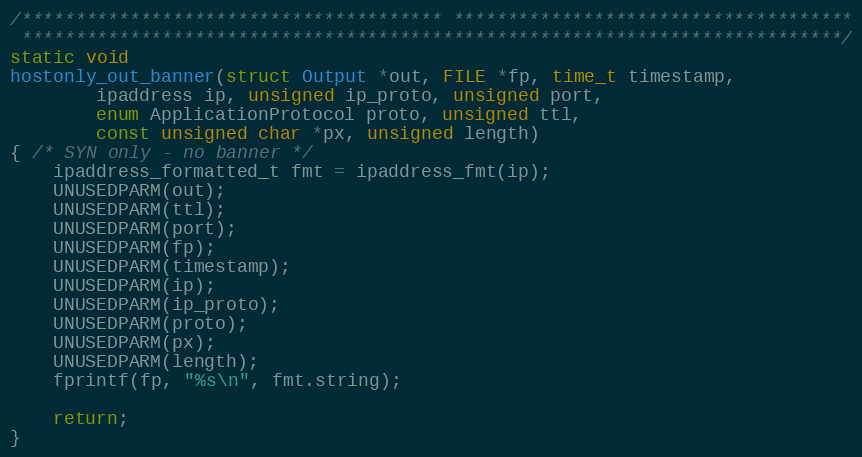
Language: C
/*************************************** *************************************
 ****************************************************************************/
static void
hostonly_out_banner(struct Output *out, FILE *fp, time_t timestamp,
        ipaddress ip, unsigned ip_proto, unsigned port,
        enum ApplicationProtocol proto, unsigned ttl,
        const unsigned char *px, unsigned length)
{ /* SYN only - no banner */
    ipaddress_formatted_t fmt = ipaddress_fmt(ip);
    UNUSEDPARM(out);
    UNUSEDPARM(ttl);
    UNUSEDPARM(port);
    UNUSEDPARM(fp);
    UNUSEDPARM(timestamp);
    UNUSEDPARM(ip);
    UNUSEDPARM(ip_proto);
    UNUSEDPARM(proto);
    UNUSEDPARM(px);
    UNUSEDPARM(length);
    fprintf(fp, "%s\n", fmt.string);

    return;
}